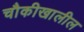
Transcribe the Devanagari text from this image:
चौकीखालील